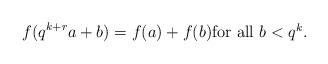
LaTeX: \begin{align*}f(q^{k+r}a+b)=f(a)+f(b) \mbox{for all $b < q^k$}.\end{align*}